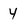
Character: 4